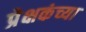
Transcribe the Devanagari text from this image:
प्रेक्षकंच्या